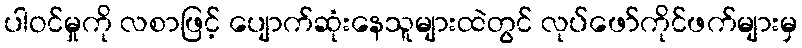
ပါဝင်မှုကို လစာဖြင့် ပျောက်ဆုံးနေသူများထဲတွင် လုပ်ဖော်ကိုင်ဖက်များမှ